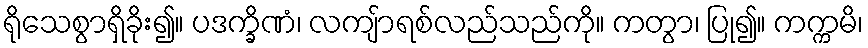
ရိုသေစွာရှိခိုး၍။ ပဒက္ခိဏံ၊ လကျ်ာရစ်လည်သည်ကို။ ကတွာ၊ ပြု၍။ ကက္ကမိ၊